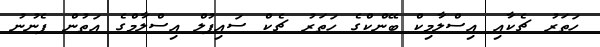
ހަތަރު ޗެކާއި އިސްލާމިކް ބޭންކްގެ ހަތަރު ޗެކް ސައިފުލް އިސްލާމްގެ އަތުން ފެނުނު